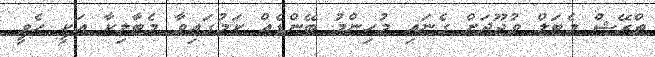
ތްރޭޝް މެޓަލް ވުޖޫދަށް ގެނައި މުހިންމު ބޭންޑެއް ކަމުގައިވާ މެޓާލިކާ އަކީ ހެވީ